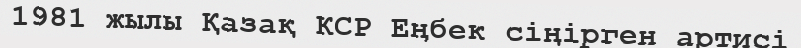
1981 жылы Қазақ КСР Еңбек сіңірген артисі